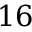
1 6